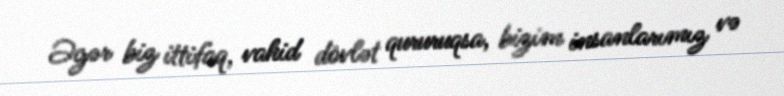
Əgər biz ittifaq, vahid dövlət qururuqsa, bizim insanlarımız və